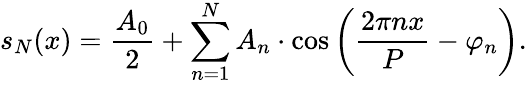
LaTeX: s_{N}(x)={\frac{A_{0}}{2}}+\sum_{n=1}^{N}A_{n}\cdot\cos\left({\frac{2\pi nx}{P}}-\varphi_{n}\right).